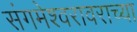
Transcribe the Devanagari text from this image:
संगमेश्वरावराच्या